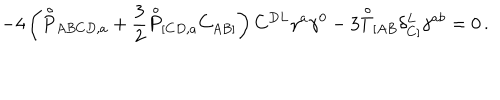
- 4 \left( \stackrel { \circ } { P } _ { A B C D , a } + \frac { 3 } { 2 } \stackrel { \circ } { P } _ { [ C D , a } C _ { A B ] } \right) C ^ { D L } \gamma ^ { a } \gamma ^ { 0 } - 3 \stackrel { \circ } { T } _ { [ A B } \delta _ { C ] } ^ { L } \gamma ^ { a b } = 0 \, .